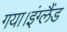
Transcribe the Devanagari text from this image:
गया।इंग्लैंड